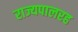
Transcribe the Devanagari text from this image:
राज्यपालरह